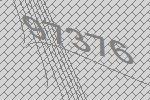
97376